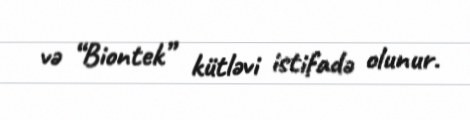
və “Biontek” kütləvi istifadə olunur.